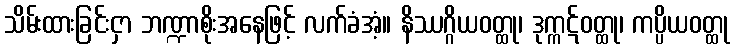
သိမ်းထားခြင်းငှာ ဘဏ္ဍာစိုးအနေဖြင့် လက်ခံအံ့။ နိဿဂ္ဂိယဝတ္ထု၊ ဒုက္ကဋ်ဝတ္ထု၊ ကပ္ပိယဝတ္ထု